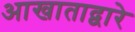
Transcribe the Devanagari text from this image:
आखाताद्वारे